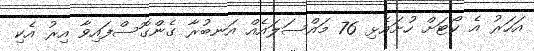
އަހަރު އެ ކޯޓަށް ހުށައެޅި 76 މައްސަލައެއް އަނބުރާ ގެންގޮސްފައިވާ އިރު އެކި